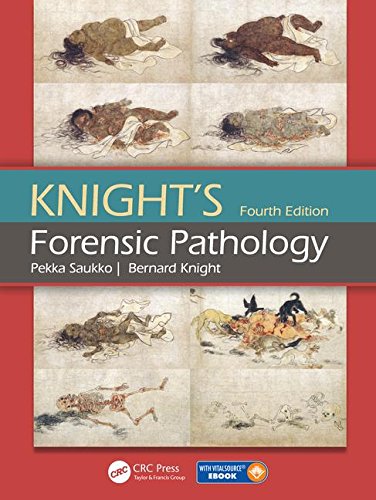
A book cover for Knight's Forensic Pathology Fourth Edition; Pekka Saukko; Law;